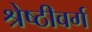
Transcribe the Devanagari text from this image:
श्रेष्ठीवर्ग